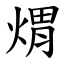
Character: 煟